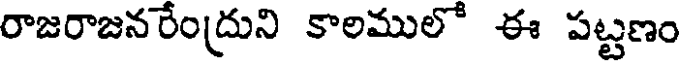
రాజరాజనరేంద్రుని కాలములో ఈ పట్టణం